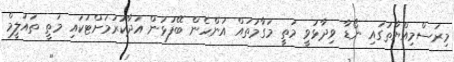
މިރަސްމިއްޔާތުގައި ނޯޑާ ވިދާޅުވީ މަތީ މަގާމުތައް އަންހެން ބޭފުޅުން އަދާކުރުމަށްޓަކައި މަތީ ތައުލީމް